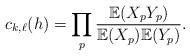
LaTeX: \begin{align*} c_{k,\ell}(h) =\prod_{p} \frac{\mathbb{E}(X_p Y_p )}{\mathbb{E}(X_p) \mathbb{E}(Y_p)}. \end{align*}